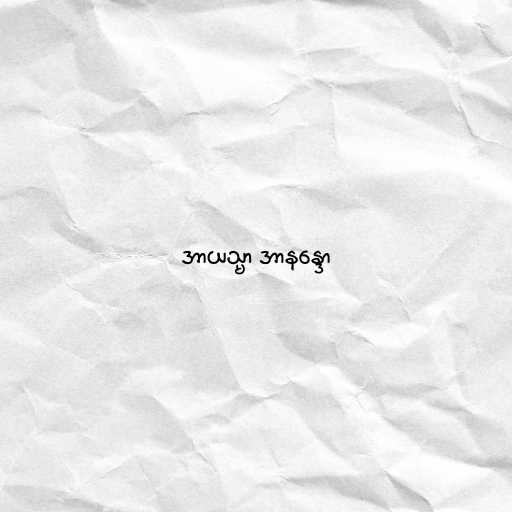
အာယသ္မာ အာနန္ဒော